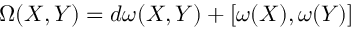
\, \Omega ( X , Y ) = d \omega ( X , Y ) + [ \omega ( X ) , \omega ( Y ) ]